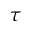
\tau { }